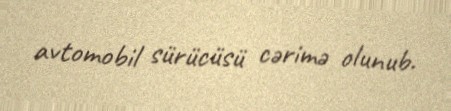
avtomobil sürücüsü cərimə olunub.